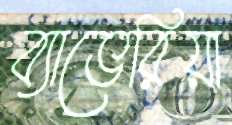
ব্যাভেরিয়া